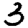
Digit: 3